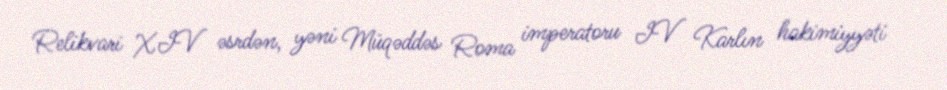
Relikvari XIV əsrdən, yəni Müqəddəs Roma imperatoru IV Karlın hakimiyyəti